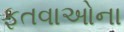
ફતવાઓના